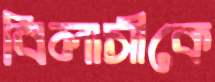
বিলাসীকে